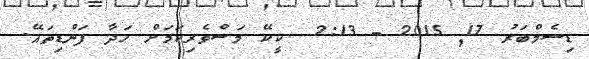
ޑިސެމްބަރު 17